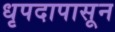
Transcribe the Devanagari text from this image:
धृपदापासून